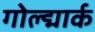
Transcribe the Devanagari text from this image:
गोल्द्मार्क